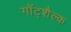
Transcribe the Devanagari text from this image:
गॉट्शैल्क